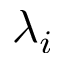
\lambda _ { i }